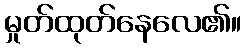
မှုတ်ထုတ်နေလေ၏။